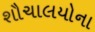
શૌચાલયોના